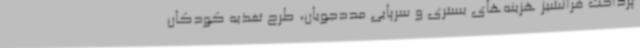
پرداخت فرانشیز هزینه‌های بستری و سرپایی مددجویان، طرح تغذیه کودکان